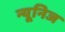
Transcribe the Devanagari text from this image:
न्यूनिज